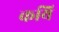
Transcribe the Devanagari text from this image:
कयि